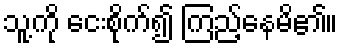
သူ့ကို ငေးစိုက်၍ ကြည့်နေမိ၏။